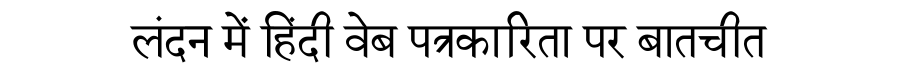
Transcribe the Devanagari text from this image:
लंदन में हिंदी वेब पत्रकारिता पर बातचीत